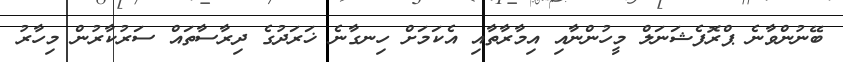
ބޭނުންވާނެ ޕްރޮފެޝަނަލް މީހުންނާއި އިމާރާތާއި އެކަމަށް ހިނގާނެ ޚަރަދުގެ ދިރާސާތައް ސަރުކާރުން މިހާރު